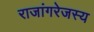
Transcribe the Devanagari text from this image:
राजांगरेजस्य